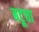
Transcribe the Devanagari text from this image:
बटूचा